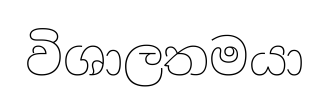
විශාලතමයා